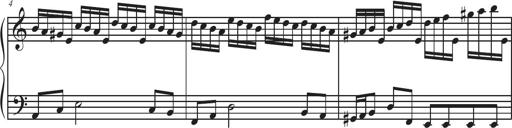
Title: Sonatina Espania
Composer: Jerald Franklin Archer
Key: Various